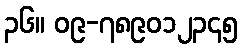
၃၆။ ၀၉-၇၈၉၀၁၂၃၄၅